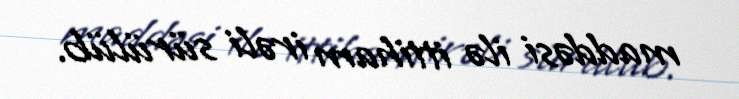
maddəsi ilə ittiham irəli sürülüb.